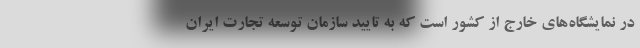
در نمایشگاه‌های خارج از کشور است که به تایید سازمان توسعه تجارت ایران